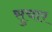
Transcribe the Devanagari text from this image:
सुचार